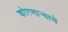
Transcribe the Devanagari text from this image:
कोरणार्‍याचे